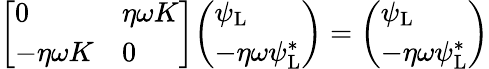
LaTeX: {\left[\begin{array}{ll}{0}&{\eta\omega K}\\ {-\eta\omega K}&{0}\end{array}\right]}{\left(\begin{array}{l}{\psi_{\mathrm{{L}}}}\\ {-\eta\omega\psi_{\mathrm{{L}}}^{*}}\end{array}\right)}={\left(\begin{array}{l}{\psi_{\mathrm{{L}}}}\\ {-\eta\omega\psi_{\mathrm{{L}}}^{*}}\end{array}\right)}